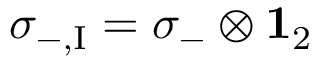
\sigma _ { - , \mathrm { I } } = \sigma _ { - } \otimes { \bf 1 } _ { 2 }